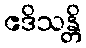
ဧဒိသန္တိ